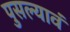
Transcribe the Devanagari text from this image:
पुसल्यावं